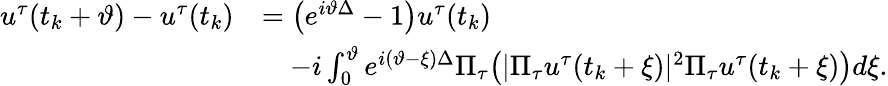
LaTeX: \begin{array}{rl}{u^{\tau}(t_{k}+\vartheta)-u^{\tau}(t_{k})}&{=\big(e^{i\vartheta\Delta}-1\big)u^{\tau}(t_{k})}\\ &{\quad-i\int_{0}^{\vartheta}e^{i(\vartheta-\xi)\Delta}\Pi_{\tau}\big(|\Pi_{\tau}u^{\tau}(t_{k}+\xi)|^{2}\Pi_{\tau}u^{\tau}(t_{k}+\xi)\big)d\xi.}\end{array}